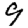
Digit: 9